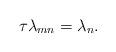
LaTeX: \begin{align*}\tau\lambda_{m n}=\lambda_n.\end{align*}